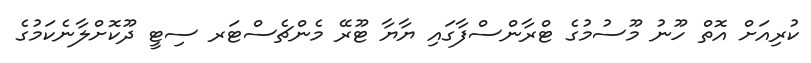
ކުރިއަށް އޮތް ހޫނު މޫސުމުގެ ޓްރާންސްފާގައި ޔާޔާ ޓޫރޭ މެންޗެސްޓަރ ސިޓީ ދޫކޮށްލާނެކަމުގެ